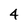
Character: 4